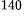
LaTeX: ^\textrm{\scriptsize 140}